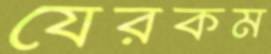
যেরকম